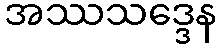
အဿသဒ္ဒေန